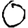
Digit: 0